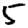
Digit: 5